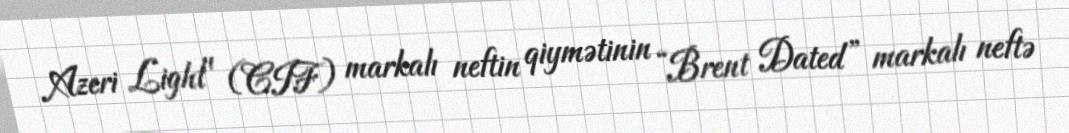
Azeri Light" (CIF) markalı neftin qiymətinin “Brent Dated” markalı neftə